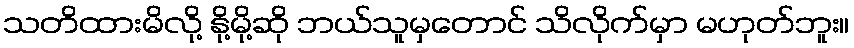
သတိထားမိလို့ နို့မို့ဆို ဘယ်သူမှတောင် သိလိုက်မှာ မဟုတ်ဘူး။